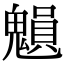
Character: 𩴉